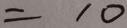
= 1 0